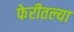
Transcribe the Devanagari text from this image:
फेरीतल्या